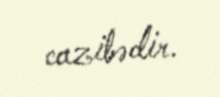
cazibədir.